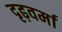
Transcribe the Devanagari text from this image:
दृढ़वर्मा